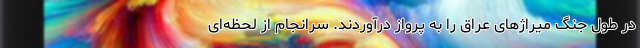
در طول جنگ میراژهای عراق را به پرواز درآوردند. سرانجام از لحظه‌ای